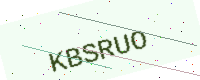
Text: KBSRUO